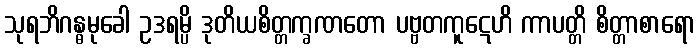
သုရဘိဂန္ဓမုခေါ ဥဒရမ္ပိ ဒုတိယစိတ္တက္ခဏတော ပဗ္ဗတကူဋေဟိ ကာပတ္တိ စိတ္တာစာရော